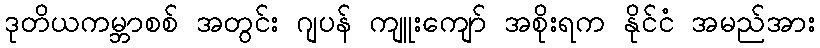
ဒုတိယကမ္ဘာစစ် အတွင်း ဂျပန် ကျူးကျော် အစိုးရက နိုင်ငံ အမည်အား